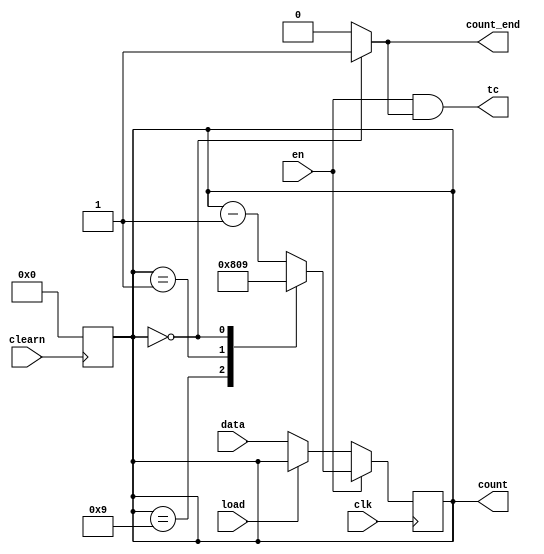
module contador_mod10 (data, clk, load, en, clearn, count, tc, count_end);
  // 1) Adicionei o input count_end, ele vai servir para parar a contagem
  // regressiva quando os algarismos dos min, dez_seg e seg forem
  // iguais a 0, e no simplesmente fazer um loop infinito.
  // 2) Troquei count_end para ser um output, que vai indicar quando chegou a zero
  input wire [3:0] data;
  input wire clk, load, en, clearn;
  output reg [3:0] count;
  output wire tc; 
  output wire count_end;

  always @ (negedge clearn) // Lembrar de trocar o reset e o stop (feito)
  begin
    count = 4'b0000;
  end

  assign count_end = (count == 4'b0000) ? 1'b1 : 1'b0;
  assign tc = en & count_end;

  always @ (posedge clk)
  begin
    if (en) 
      case (count)
        4'b1001: begin
          count <= 4'b1000;
        end // 9 -> 8
        4'b0001: begin 
          count <= 4'b0000;
        end  // 1 -> 0
        4'b0000: begin
          count <= 4'b1001;
        end // 0 -> 9
        default: count <= count - 4'b0001;
      endcase

    else begin


      if(!load) // Lembrar q aq o valor do load t invertido
        count <= data;
    end
  end
endmodule